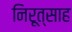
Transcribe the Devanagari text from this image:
निरूत्साह